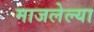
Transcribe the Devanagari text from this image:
माजलेल्या